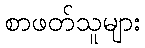
စာဖတ်သူများ